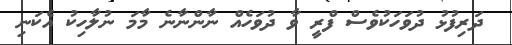
ދަރިފުޅު ދުވަހަކުވެސް ފްރީ ވާ ދުވަހެއް ނާންނާނެ މާމަ ނުލާހިކު އެކަނި